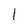
Character: l